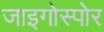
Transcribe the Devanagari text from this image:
जाइगोस्पोर